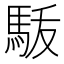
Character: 𩢚